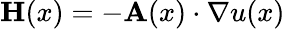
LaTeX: \mathbf{H}(x)=-\mathbf{A}(x)\cdot\nabla u(x)